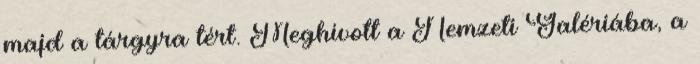
majd a tárgyra tért. Meghívott a Nemzeti Galériába, a